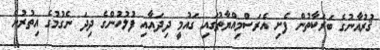
ޤުރުއާނުގެ ބަރަކާތުން ފެށި އެރަސްމިއްޔާތުގައި ގައުމީ ދިދައާއި ފުލުހުންގެ ދިދަ ނެގުމުގެ އިތުރުން